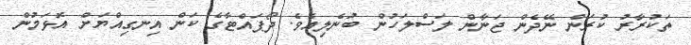
ތަކުރާރު ކުރަން ނޭދެން ޖަނާން ލަސްލަހުން ބުނެލިއެވެ. ދޯޕައްޓާގެ ކަން އިނގިއްޔަށް އޮޅަމުން